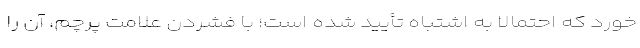
خورد که احتمالا به اشتباه تأیید شده است؛ با فشردن علامت پرچم، آن را